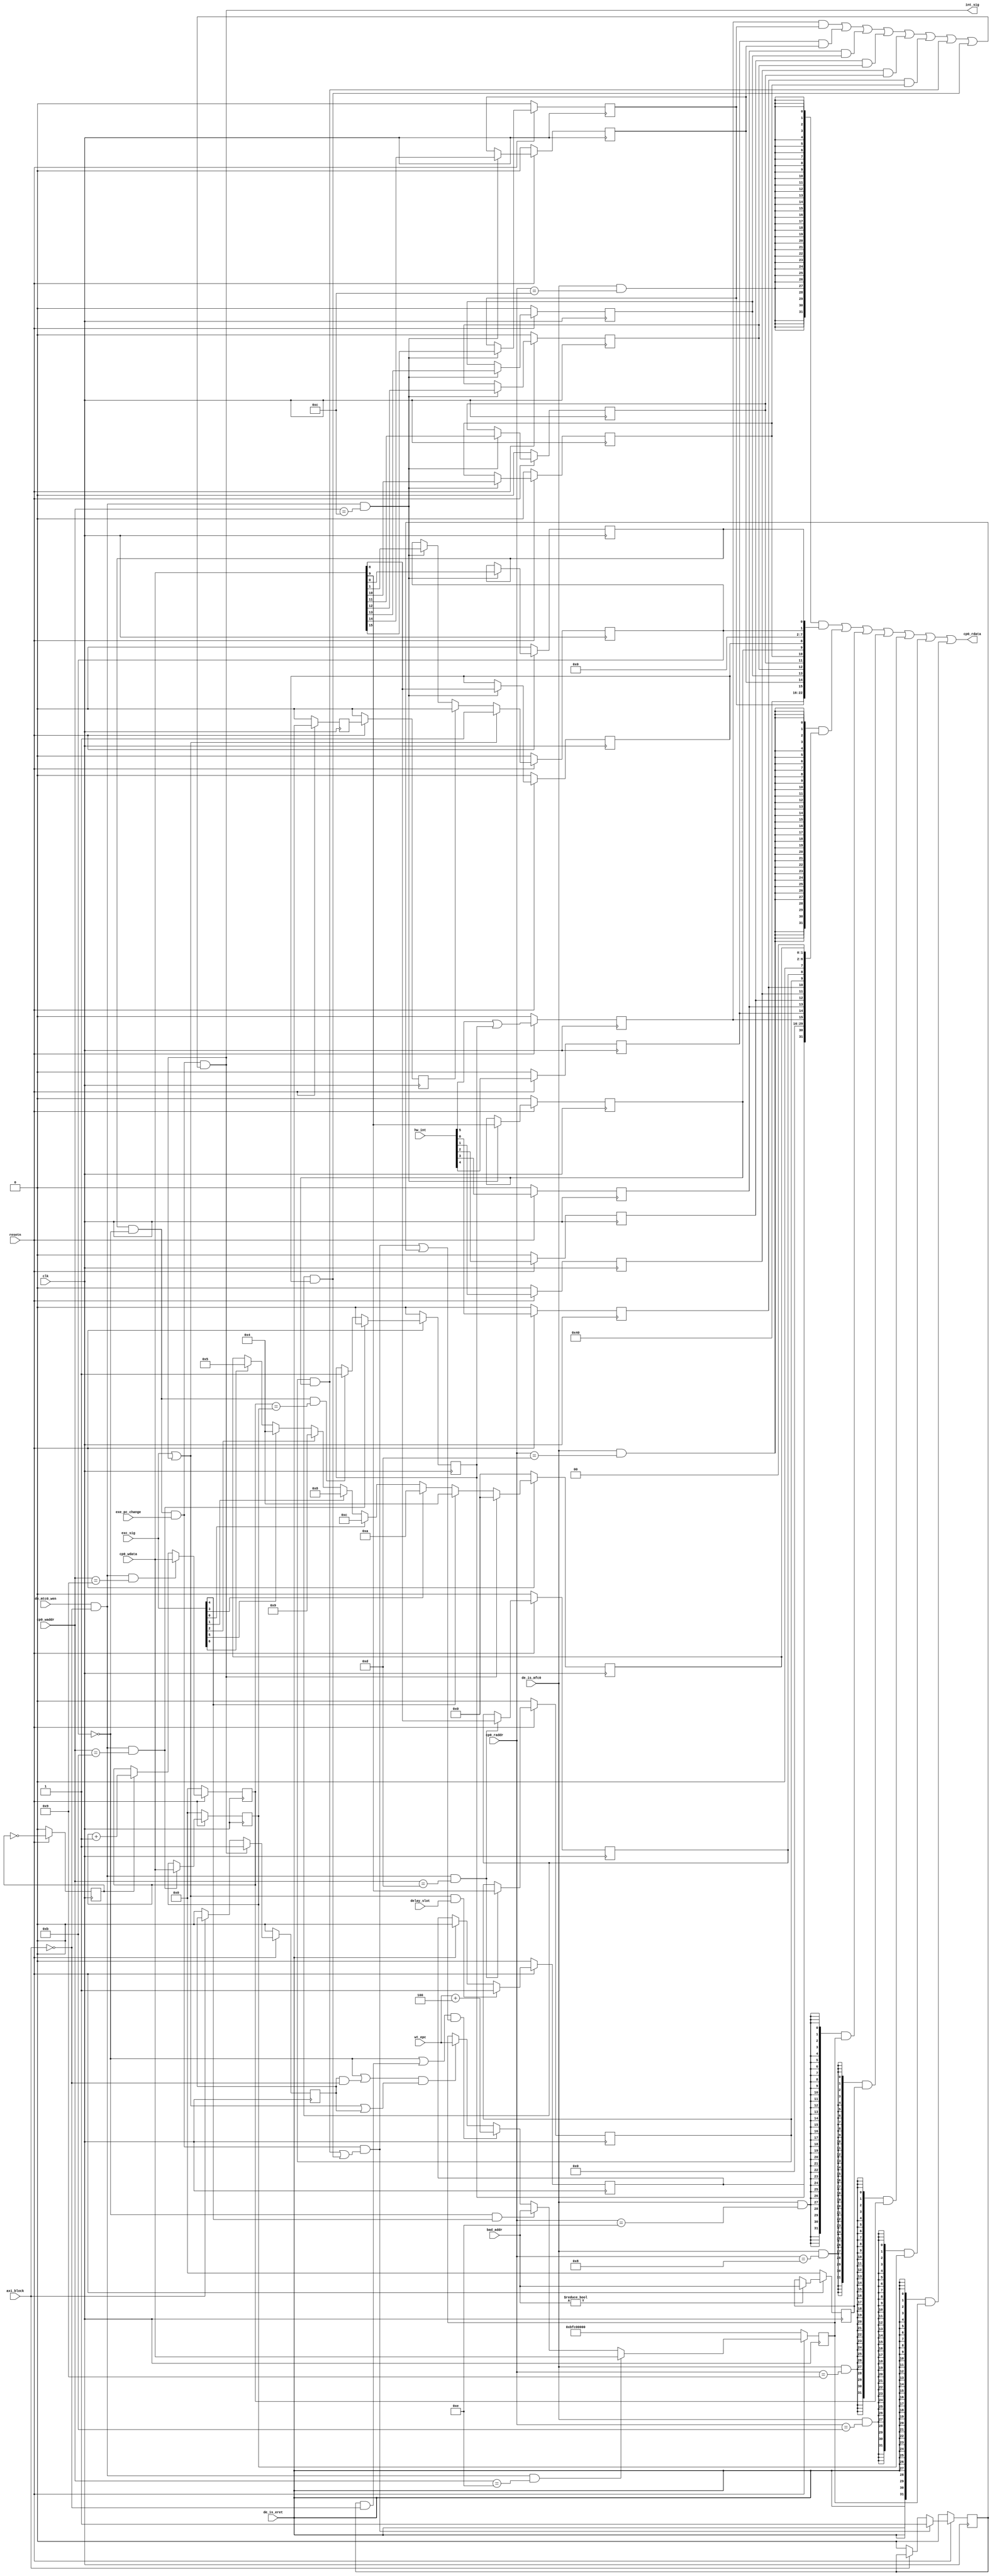
module awesome_CP0(
	input         clk,
	input         resetn,
    input  [ 4:0] cp0_waddr,
	input  [31:0] cp0_wdata,
    input  [ 4:0] cp0_raddr,
	output [31:0] cp0_rdata,

    input  [ 7:0] exc_sig,
    input         de_is_eret,
    input         de_is_mfc0,
    input         de_mtc0_wen,
    input  [31:0] wt_epc,
    input  [31:0] bad_addr,
    input         delay_slot,
    input  [5 :0] hw_int,
    output        int_sig,
//    output reg    int_sig_keep,
    input         axi_block,
    input         exe_pc_change
);

    wire [31:0] cp0_cause;
    wire [31:0] cp0_status;
    wire [31:0] cp0_epc;
    wire [31:0] cp0_compare;
    wire [31:0] cp0_count;
    wire [31:0] cp0_badvaddr;
    wire        timer_int;
//    wire        exc_handler = exc_sig || int_sig || int_sig_keep;

    reg  [31:0] cp0_epc_reg;
    reg  [31:0] cp0_compare_reg;
    reg  [31:0] cp0_count_reg;
    reg  [31:0] cp0_badvaddr_reg;
    reg         de_is_eret_reg;
    reg         de_is_eret_reg2;
    reg         int_sig_keep;
    reg         soft_int_keep;
    wire        soft_int_sig;

    always @(posedge clk) begin
        if (~resetn) begin
            de_is_eret_reg  <= 1'b0;
            de_is_eret_reg2 <= 1'b0;
        end else begin
            de_is_eret_reg  <= de_is_eret;
            de_is_eret_reg2 <= de_is_eret_reg;
        end
    end

    always @(posedge clk) begin
        if (~resetn) begin
            int_sig_keep <= 1'b0;
        end else if(int_sig) begin
            int_sig_keep <= 1'b1;
        end else if(axi_block == 1'b0) begin
            int_sig_keep <= 1'b0;
        end

        if (~resetn) begin
            soft_int_keep <= 1'b0;
        end else if(soft_int_sig) begin
            soft_int_keep <= 1'b1;
        end else if(axi_block == 1'b0) begin
            soft_int_keep <= 1'b0;
        end
    end

    
    //#12 status
    wire status_CU0 = 1'b0;
    wire status_BEV = 1'b1;
    reg  status_IM7;
    reg  status_IM6;
    reg  status_IM5;
    reg  status_IM4;
    reg  status_IM3;
    reg  status_IM2;
    reg  status_IM1;
    reg  status_IM0;
    reg  status_EXL;
    reg  status_IE;

    assign cp0_status = {3'b0, status_CU0, 5'b0, status_BEV, 6'b0, status_IM7,
                         status_IM6, status_IM5, status_IM4, status_IM3, status_IM2,
                         status_IM1, status_IM0, 6'b0, status_EXL, status_IE};
    //#13 cause
    reg        cause_BD;
    reg        cause_TI;
    reg        cause_IP7;
    reg        cause_IP6;
    reg        cause_IP5;
    reg        cause_IP4;
    reg        cause_IP3;
    reg        cause_IP2;
    reg        cause_IP1;
    reg        cause_IP0;
    reg  [4:0] cause_ExcCode;

    assign timer_int = cause_TI;
    assign cp0_cause = {cause_BD, cause_TI, 14'b0, cause_IP7, cause_IP6, cause_IP5, 
                        cause_IP4, cause_IP3, cause_IP2, cause_IP1, cause_IP0, 1'b0, 
                        cause_ExcCode, 2'b0};

    assign cp0_epc = cp0_epc_reg;
    assign cp0_compare = cp0_compare_reg;
    assign cp0_count = cp0_count_reg;
    assign cp0_badvaddr = cp0_badvaddr_reg;
    assign int_sig = status_IE && (~status_EXL) && exe_pc_change
                 && (cause_IP7&&status_IM7||cause_IP6&&status_IM6
                   ||cause_IP5&&status_IM5||cause_IP4&&status_IM4
                   ||cause_IP3&&status_IM3||cause_IP2&&status_IM2
                   ||cause_IP1&&status_IM1||cause_IP0&&status_IM0);

    assign soft_int_sig = status_IE && (~status_EXL) && exe_pc_change && (cause_IP1&&status_IM1||cause_IP0&&status_IM0);

    reg count_add_en;
    always @(posedge clk) begin
        count_add_en <= (~resetn)? 1'b0: ~count_add_en;
    end

    always @ (posedge clk) begin
        if(~resetn) begin
            status_IM7 <= 1'b0;
            status_IM6 <= 1'b0;
            status_IM5 <= 1'b0;
            status_IM4 <= 1'b0;
            status_IM3 <= 1'b0;
            status_IM2 <= 1'b0;
            status_IM1 <= 1'b0;
            status_IM0 <= 1'b0;
            status_EXL <= 1'b0;
            status_IE  <= 1'b0;
        end else begin

            if(exc_sig || int_sig) begin
                status_EXL <= 1'b1;
            end else if(de_is_eret_reg2) begin
                status_EXL <= 1'b0;
            end else if (de_mtc0_wen && ~axi_block && cp0_waddr == 5'd12) begin
                status_EXL <= cp0_wdata[1];
            end

            if(de_mtc0_wen && ~axi_block && cp0_waddr == 5'd12) begin
                status_IM7 <= cp0_wdata[15];
                status_IM6 <= cp0_wdata[14];
                status_IM5 <= cp0_wdata[13];
                status_IM4 <= cp0_wdata[12];
                status_IM3 <= cp0_wdata[11];
                status_IM2 <= cp0_wdata[10];
                status_IM1 <= cp0_wdata[ 9];
                status_IM0 <= cp0_wdata[ 8];
                status_IE  <= cp0_wdata[ 0];
            end

        end
        
        if(~resetn)
            cause_TI <= 1'b0;
        else if(de_mtc0_wen && ~axi_block && cp0_waddr == 5'd11)
            cause_TI <= 1'b0;
        else if(~status_EXL && status_IE && cp0_count == cp0_compare)
            cause_TI <= 1'b1; 

        if(~resetn) begin
            cause_BD  <= 1'b0;
            cause_TI  <= 1'b0;
            cause_IP7 <= 1'b0;
            cause_IP6 <= 1'b0;
            cause_IP5 <= 1'b0;
            cause_IP4 <= 1'b0;
            cause_IP3 <= 1'b0;
            cause_IP2 <= 1'b0;
            cause_IP1 <= 1'b0;
            cause_IP0 <= 1'b0;
            cause_ExcCode <= 5'b0;
        end else begin
            if(de_mtc0_wen && ~axi_block && cp0_waddr == 5'd13) begin
                //cause_TI  <= cp0_wdata[30];
                cause_IP1 <= cp0_wdata[9];
                cause_IP0 <= cp0_wdata[8];
                cause_ExcCode <= cp0_wdata[6:2];
            end
            cause_ExcCode <= (int_sig)? 5'h0:
                             (exc_sig[4])? 5'h4:
                             (exc_sig[3])? 5'ha:
                             (exc_sig[0])? 5'hc:
                             (exc_sig[1])? 5'h8:
                             (exc_sig[2])? 5'h9:
                             (exc_sig[5])? 5'h4:
                             (exc_sig[6])? 5'h5:cause_ExcCode;

            if((exc_sig || int_sig) && delay_slot) begin
                cause_BD <= 1'b1;
            end else if(de_is_eret) begin
                cause_BD <= 1'b0;
            end
            //cause_BD <= /*delay_slot*/1'b0;

            cause_IP7 <= hw_int[5] || timer_int;
            cause_IP6 <= hw_int[4];
            cause_IP5 <= hw_int[3];
            cause_IP4 <= hw_int[2];
            cause_IP3 <= hw_int[1];
            cause_IP2 <= hw_int[0];
        end

        if(~resetn) begin
            cp0_epc_reg <= 32'hbfc00000;
        end else begin
            if(de_mtc0_wen && ~axi_block && cp0_waddr == 5'd14)
                cp0_epc_reg <= cp0_wdata;
            else if(~status_EXL&&(exc_sig[4]))
                cp0_epc_reg <= bad_addr;
            else if((~status_EXL|| soft_int_keep&&~axi_block)&&(soft_int_sig||soft_int_keep))
                cp0_epc_reg <= wt_epc+4;
            else if((~status_EXL|| int_sig_keep&&~axi_block )&&(exc_sig || int_sig ||int_sig_keep))
                cp0_epc_reg <= wt_epc;
        end

        if(~resetn)
            cp0_compare_reg <= 32'h0;
        else if(de_mtc0_wen && ~axi_block && cp0_waddr == 5'd11)
                cp0_compare_reg <= cp0_wdata;

        if(~resetn)
            cp0_count_reg <= 32'h0;
        else if(de_mtc0_wen && ~axi_block && cp0_waddr == 5'd9)
            cp0_count_reg <= cp0_wdata;
        else if(count_add_en)
            cp0_count_reg <= cp0_count_reg + 1'b1;

        if(~resetn) begin
            cp0_badvaddr_reg <= 32'h0;
        end else begin
            cp0_badvaddr_reg <= (bad_addr)?bad_addr:cp0_badvaddr_reg;
        end
    end


    assign cp0_rdata = ({32{de_is_mfc0 && cp0_raddr==5'd12}} & cp0_status)  |
                       ({32{de_is_mfc0 && cp0_raddr==5'd13}} & cp0_cause)   |
                       ({32{de_is_mfc0 && cp0_raddr==5'd14}} & cp0_epc)     |
                       ({32{de_is_mfc0 && cp0_raddr==5'd8 }} & cp0_badvaddr)|
                       ({32{de_is_mfc0 && cp0_raddr==5'd9 }} & cp0_count)   |
                       ({32{de_is_mfc0 && cp0_raddr==5'd11}} & cp0_compare) |
                       ({32{de_is_eret}} & cp0_epc);
endmodule